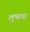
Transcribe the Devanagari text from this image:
लुभावा